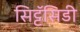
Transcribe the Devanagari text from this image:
सिट्टॅसिडी